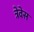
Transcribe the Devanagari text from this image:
त्रेवेस